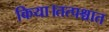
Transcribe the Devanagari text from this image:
किया।तत्पश्चात